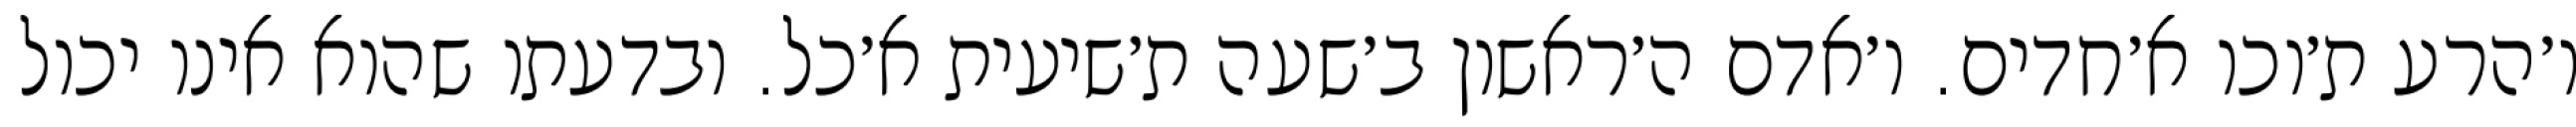
ו׳הרע ת׳וכו א׳חדים. ו׳אדם ה׳ראשון ב׳שעה ת׳שיעית א׳כל. ובדעתו שהוא אינו יכול